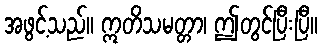
အဖွင့်သည်။ ဣတိသမတ္တာ၊ ဤတွင်ပြီးပြီ။